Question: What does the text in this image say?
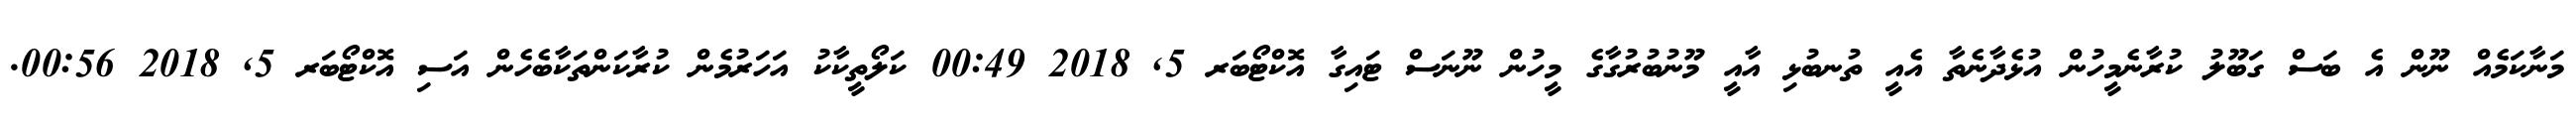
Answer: މަނާކަމެއް ނޫން އެ ބަސް ގަބޫލު ކުރާނެމީހުން އުޅެދާނެތާ އެއީ ތުނބުޅި އާއީ މޫނުބުރުގާގެ މީހުން ނޫނަސް ޓައިގާ އޮކްޓޯބަރ 5, 2018 00:49 ކަލޯތީކާކު އަހަރުމެން ކުރާކަންތަކާބެހެން އަސި އޮކްޓޯބަރ 5, 2018 00:56.